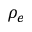
\rho _ { e }